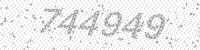
Solution: 744949